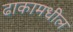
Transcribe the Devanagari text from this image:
ढाकामधील